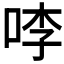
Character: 𭇶